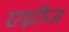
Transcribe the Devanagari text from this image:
एग्नीज